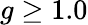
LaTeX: g\geq 1.0